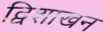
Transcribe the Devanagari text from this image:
द्विशाखन